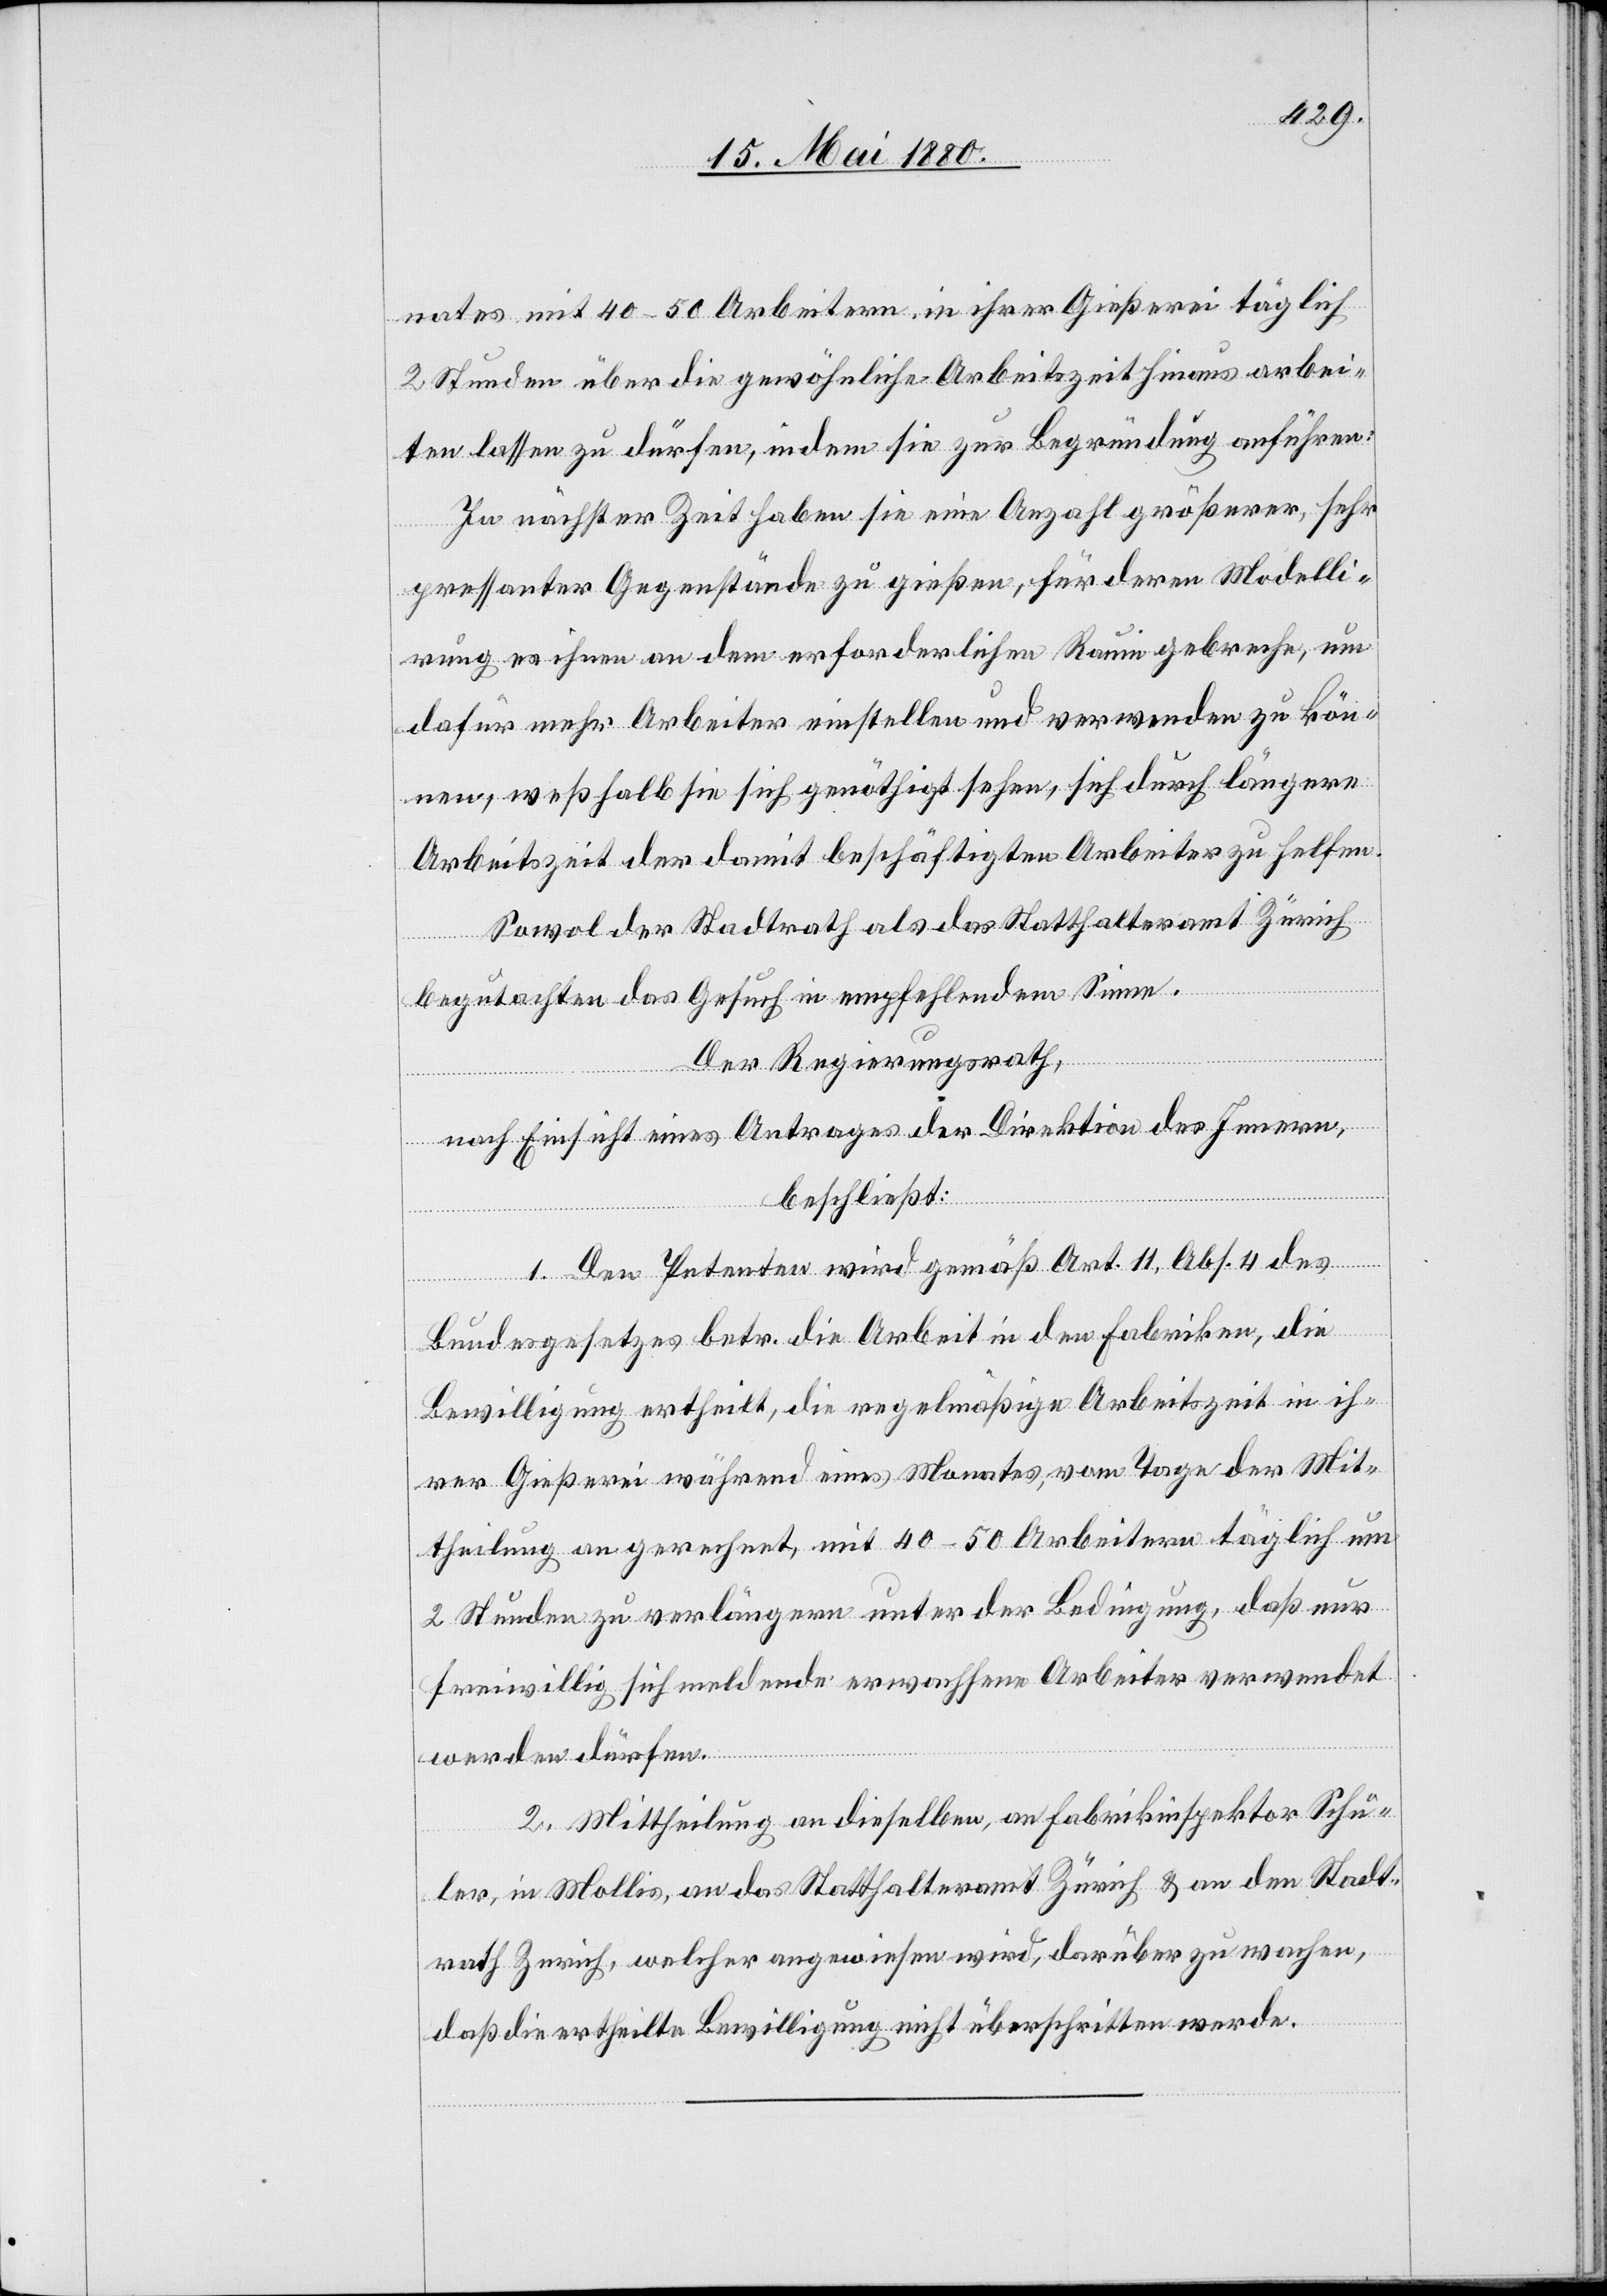
nates mit 40–50 Arbeitern in ihrer Gießerei täglich
2 Stunden über die gewöhnliche Arbeitszeit hinaus arbei¬
ten lassen zu dürfen, indem sie zur Begründung anführen:
In nächster Zeit haben sie eine Anzahl größerer, sehr
pressanter Gegenstände zu gießen, für deren Modelli¬
rung es ihnen an dem erforderlichen Raum gebreche, um
dafür mehr Arbeiter einstellen und verwenden zu kön¬
nen, weßhalb sie sich genöthigt sehen, sich durch längere
Arbeitszeit der damit beschäftigten Arbeiter zu helfen.
Sowol der Stadtrath als das Statthalteramt Zürich
begutachten das Gesuch in empfehlendem Sinne.
Der Regierungsrath,
nach Einsicht eines Antrages der Direktion des Innern,
beschließt:
1. Den Petenten wird gemäß Art. 11, Abs. 4 des
Bundesgesetzes betr. die Arbeit in den Fabriken die
Bewilligung ertheilt, die regelmäßige Arbeitszeit in ih¬
rer Gießerei während eines Monates, vom Tage der Mit¬
theilung an gerechnet, mit 40–50 Arbeitern täglich um
2 Stunden zu verlängern unter der Bedingung, daß nur
freiwillig sich meldende erwachsene Arbeiter verwendet
werden dürfen.
2. Mittheilung an dieselben, an Fabrikinspektor Schu¬
ler, in Mollis, an das Statthalteramt Zürich & an den Stadt¬
rath Zürich, welcher angewiesen wird, darüber zu wachen,
daß die ertheilte Bewilligung nicht überschritten werde.